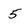
Character: 5